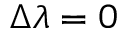
\Delta \lambda = 0